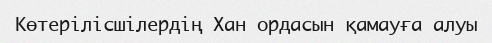
Көтерілісшілердің Хан ордасын қамауға алуы